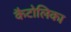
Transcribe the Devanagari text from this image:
कैटोलिका